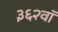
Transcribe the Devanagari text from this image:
३६२वॉ